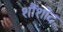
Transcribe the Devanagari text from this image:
शौंशोद